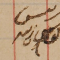
رئيس يوسف زينه